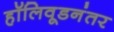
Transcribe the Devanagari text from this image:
हॉलिवूडनंतर